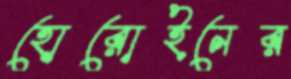
হোরোইনের